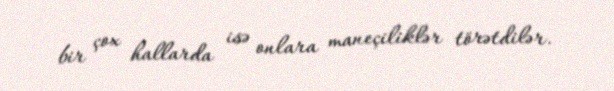
bir çox hallarda isə onlara maneçiliklər törətdilər.